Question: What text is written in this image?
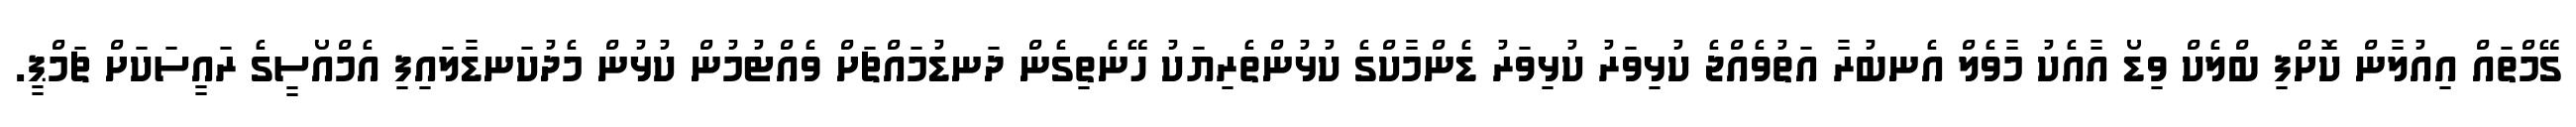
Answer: ގޭމްތައް އިއުލާން ކޮށްފި ބްލެކް ވިޑޯ އާއެކު މާވެލް އެނބުރާ އަތުވެއްޖެ ކުޅިވަރު ކުޅިވަރު ޑެންމާކްގެ ކުޅުންތެރިޔަކު ހޭނެތިގެން ދަނޑުމައްޗަށް ވެއްޓުމުން ކުޅުން މެދުކަނޑާލައިފި އެމްއޯސީގެ ރައީސަކަށް ޗަމްޕީ.